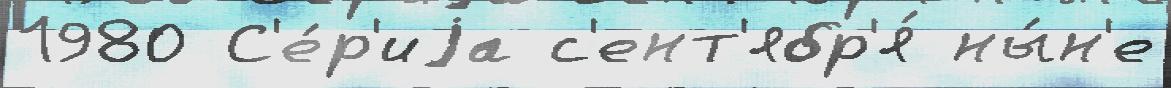
1980 С'е́р'иjа с'ент'ябр'я́ ны́н'е